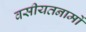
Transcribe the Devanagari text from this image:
वसीयतनामों